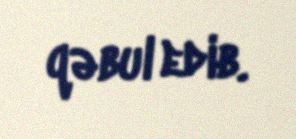
qəbul edib.